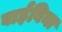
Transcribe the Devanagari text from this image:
बाईविना